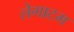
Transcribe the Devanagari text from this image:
लेगाटम